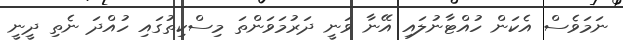
ނަމަވެސް އެކަން ހުއްޓާނުލައި އޭނާ ވަނީ ދަރުމަވަންތަ މިސްކިތުގައި ހުއްދަ ނެތި ދީނީ